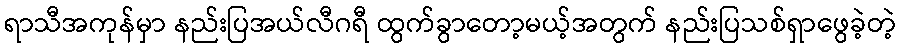
ရာသီအကုန်မှာ နည်းပြအယ်လီဂရီ ထွက်ခွာတော့မယ့်အတွက် နည်းပြသစ်ရှာဖွေခဲ့တဲ့